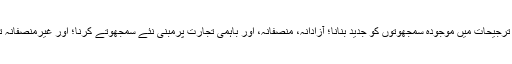
تجارت کے بارے میں انتظامیہ کی ترجیحات میں موجودہ سمجھوتوں کو جدید بنانا؛ آزادانہ، منصفانہ، اور باہمی تجارت پرمبنی نئے سمجھوتے کرنا؛ اور غیرمنصفانہ تجارتی طریقوں سے نمٹنا شامل ہیں۔